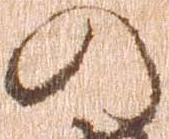
の